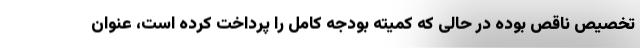
تخصیص ناقص بوده در حالی که کمیته بودجه کامل را پرداخت کرده است، عنوان